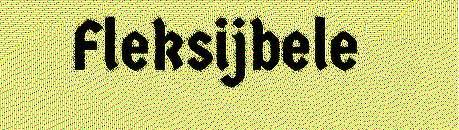
Fleksijbele